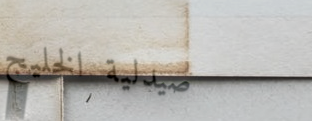
صيدلية الخليج